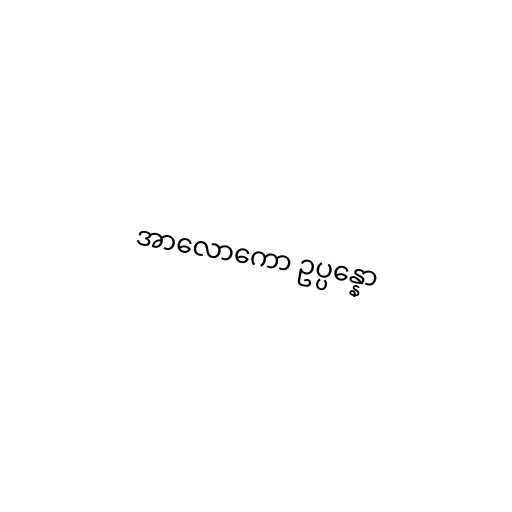
အာလောကော ဥပ္ပန္နော